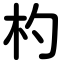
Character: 杓